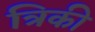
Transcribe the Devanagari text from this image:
त्रिकी